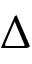
\Delta